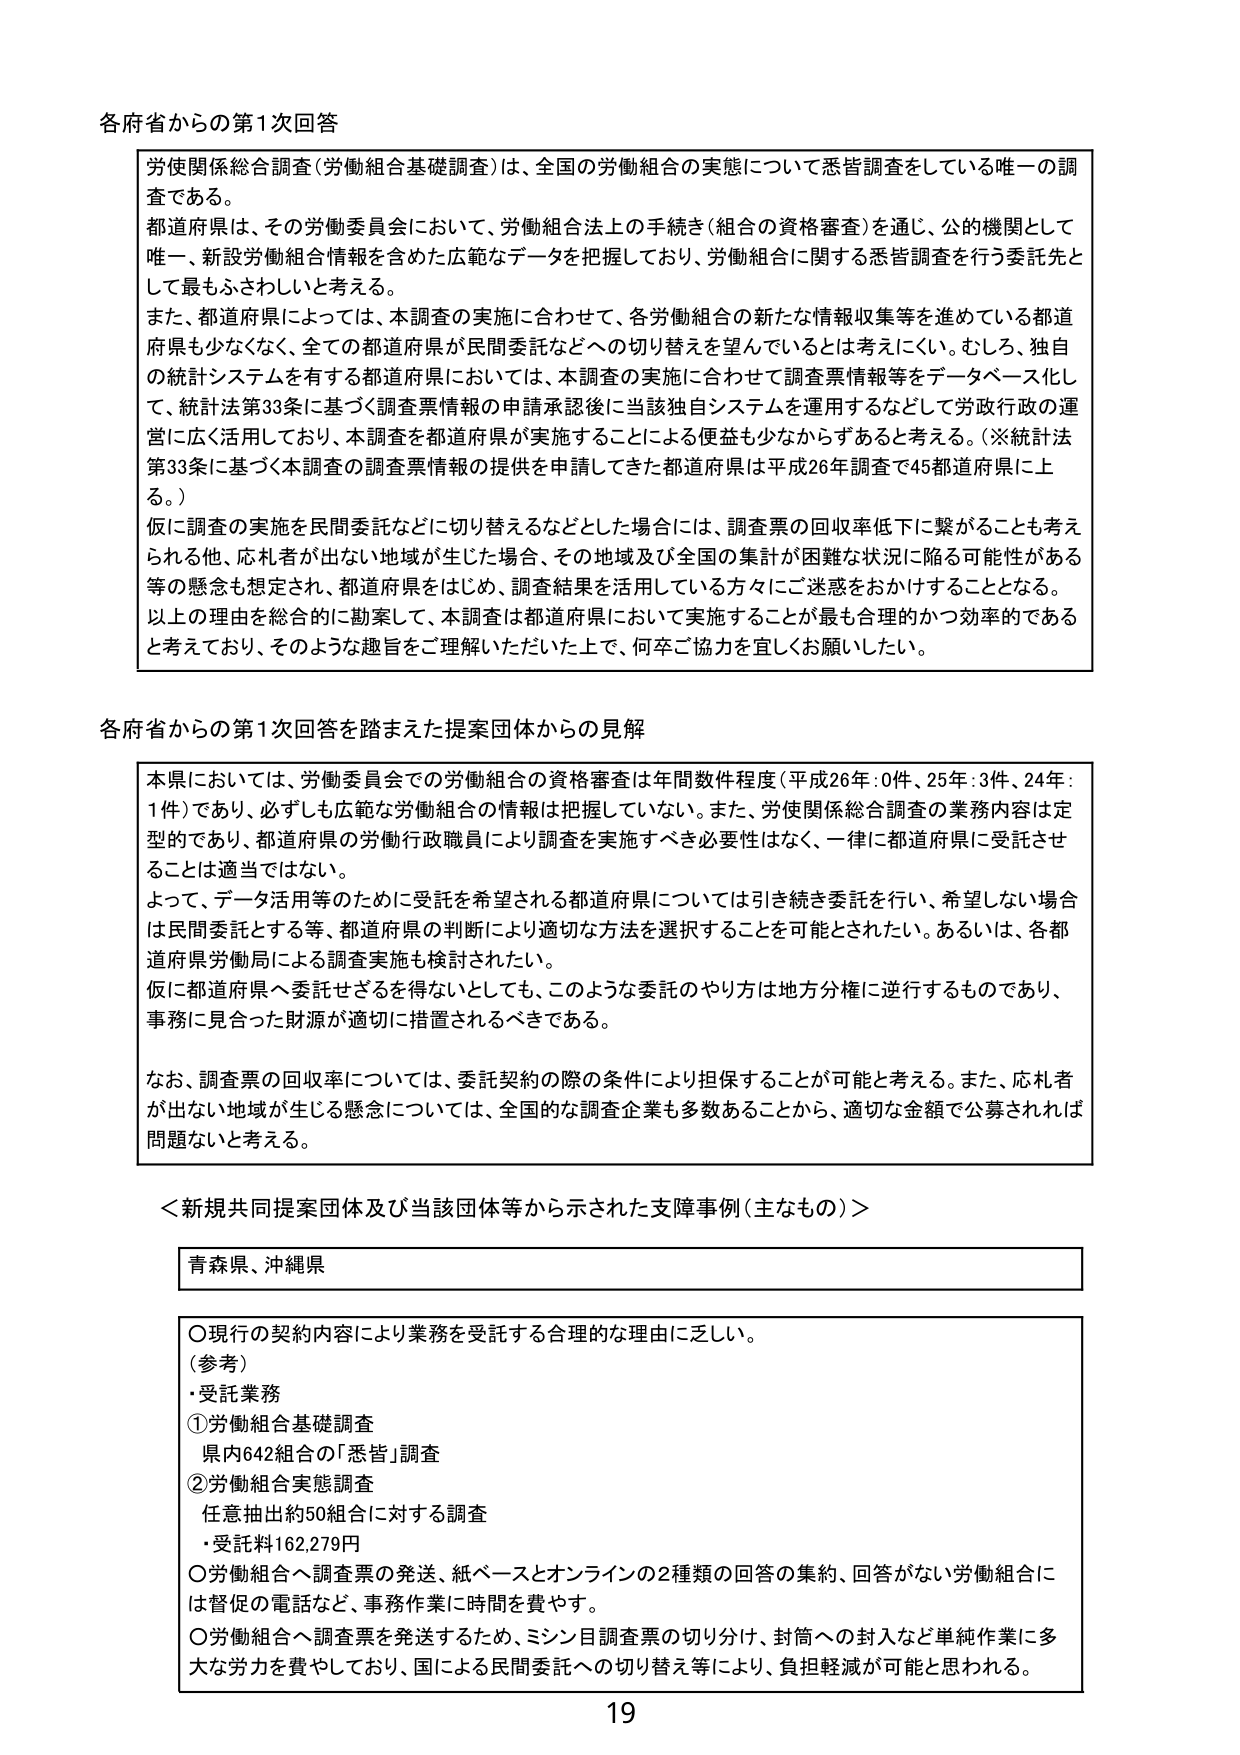
各府省からの第1次回答

労使関係総合調査（労働組合基礎調査）は、全国の労働組合の実態について悉皆調査をしている唯一の調査である。
都道府県は、その労働委員会において、労働組合法上の手続き（組合の資格審査）を通じ、公的機関として唯一、新設労働組合情報を含めた広範なデータを把握しており、労働組合に関する悉皆調査を行う委託先として最もふさわしいと考える。
また、都道府県によっては、本調査の実施に合わせて、各労働組合の新たな情報収集等を進めている都道府県も少なくなく、全ての都道府県が民間委託などへの切り替えを望んでいるとは考えにくい。むしろ、独自の統計システムを有する都道府県においては、本調査の実施に合わせて調査票情報等をデータベース化して、統計法第33条に基づく調査票情報の申請承認後に当該独自システムを運用するなどして労政行政の運営に広く活用しており、本調査を都道府県が実施することによる便益も少なからずあると考える。（※統計法第33条に基づく本調査の調査票情報の提供を申請してきた都道府県は平成26年調査で45都道府県に上る。）
仮に調査の実施を民間委託などに切り替えるなどとした場合には、調査票の回収率低下に繋がることも考えられる他、応札者が出ない地域が生じた場合、その地域及び全国の集計が困難な状況に陥る可能性がある等の懸念も想定され、都道府県をはじめ、調査結果を活用している方々にご迷惑をおかけすることとなる。
以上の理由を総合的に勘案して、本調査は都道府県において実施することが最も合理的かつ効率的であると考えており、そのような趣旨をご理解いただいた上で、何卒ご協力を宜しくお願いしたい。

各府省からの第1次回答を踏まえた提案団体からの見解

本県においては、労働委員会での労働組合の資格審査は年間数件程度（平成26年：0件、25年：3件、24年：1件）であり、必ずしも広範な労働組合の情報は把握していない。また、労使関係総合調査の業務内容は定型的であり、都道府県の労働行政職員により調査を実施すべき必要性はなく、一律に都道府県に受託させることは適当ではない。
よって、データ活用等のために受託を希望される都道府県については引き続き委託を行い、希望しない場合は民間委託とする等、都道府県の判断により適切な方法を選択することを可能とされたい。あるいは、各都道府県労働局による調査実施も検討されたい。
仮に都道府県へ委託せざるを得ないとしても、このような委託のやり方は地方分権に逆行するものであり、事務に見合った財源が適切に措置されるべきである。

なお、調査票の回収率については、委託契約の際の条件により担保することが可能と考える。また、応札者が出ない地域が生じる懸念については、全国的な調査企業も多数あることから、適切な金額で公募されれば問題ないと考える。

＜新規共同提案団体及び当該団体等から示された支障事例（主なもの）＞

青森県、沖縄県

○現行の契約内容により業務を受託する合理的な理由に乏しい。
（参考）
・受託業務
①労働組合基礎調査
県内642組合の「悉皆」調査
②労働組合実態調査
任意抽出約50組合に対する調査
・受託料162,279円
○労働組合へ調査票の発送、紙ベースとオンラインの2種類の回答の集約、回答がない労働組合には督促の電話など、事務作業に時間を費やす。
○労働組合へ調査票を発送するため、ミシン目調査票の切り分け、封筒への封入など単純作業に多大な労力を費やしており、国による民間委託への切り替え等により、負担軽減が可能と思われる。

19